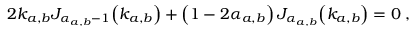
2 k _ { a , b } J _ { \alpha _ { a , b } - 1 } \! \left( k _ { a , b } \right) + \left( 1 - 2 \alpha _ { a , b } \right) J _ { \alpha _ { a , b } } \! \left( k _ { a , b } \right) = 0 \; ,